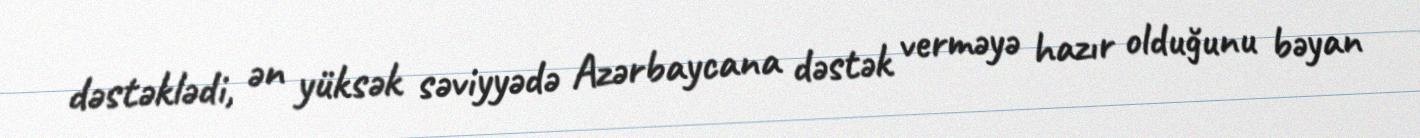
dəstəklədi, ən yüksək səviyyədə Azərbaycana dəstək verməyə hazır olduğunu bəyan